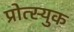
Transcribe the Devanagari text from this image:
प्रोत्स्युक